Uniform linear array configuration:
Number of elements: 16
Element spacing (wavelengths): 0.25
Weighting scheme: binomial
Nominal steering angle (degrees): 60
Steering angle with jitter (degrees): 59.352
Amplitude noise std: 0.05
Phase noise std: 0.05

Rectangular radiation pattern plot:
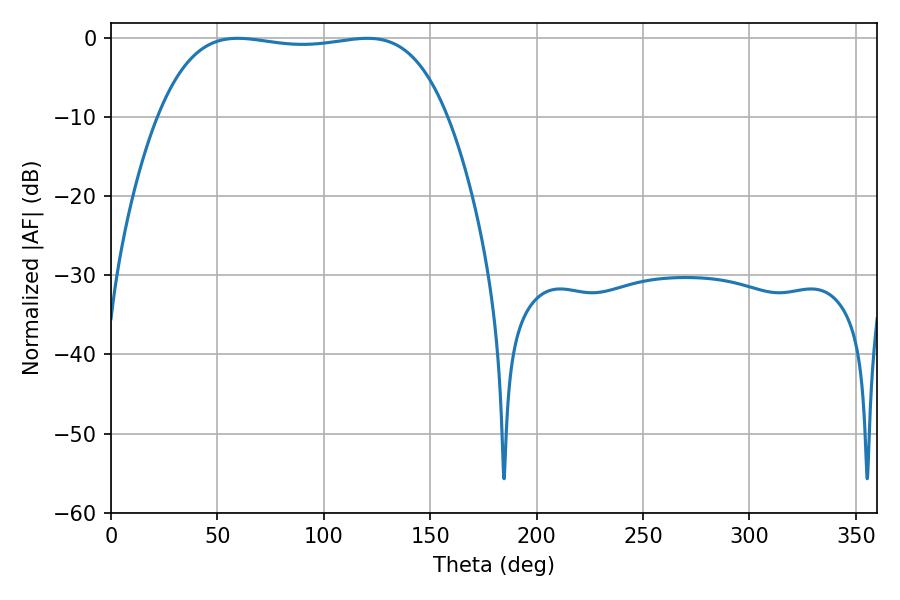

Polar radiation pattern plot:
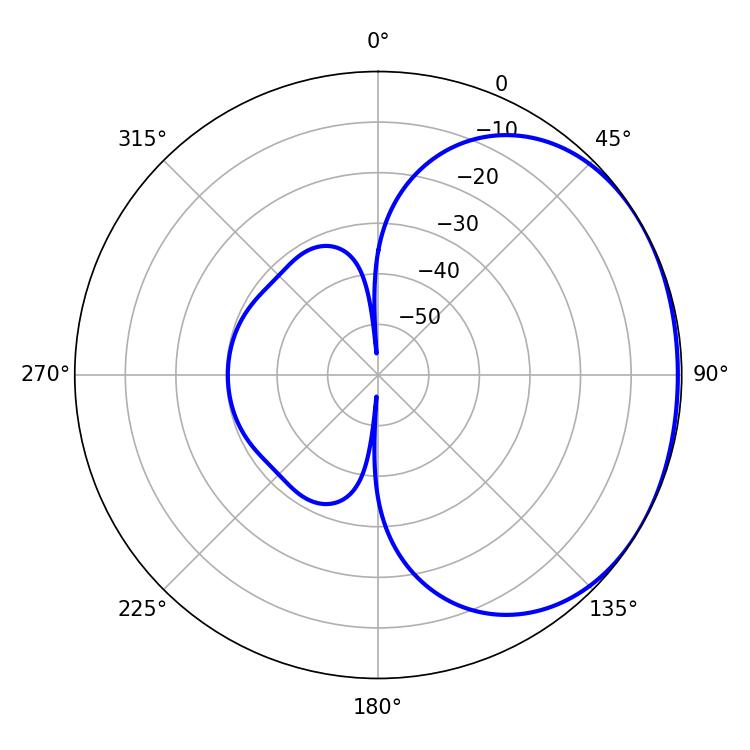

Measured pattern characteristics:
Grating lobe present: FALSE
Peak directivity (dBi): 1.231
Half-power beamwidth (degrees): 107.64
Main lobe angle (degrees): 59.58